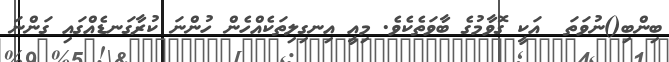
ބިންބި()ނުވަތަ  އަކީ ގޮވާމުގެ ބާވަތެކެވެ. މިއީ އިނގިލިތަކެއްހެން ހުންނަ ކުރާގަނޑެއްގައި ގަންނަ